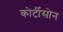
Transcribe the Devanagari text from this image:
कोर्टीसोन